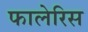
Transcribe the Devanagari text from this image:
फालेरिस